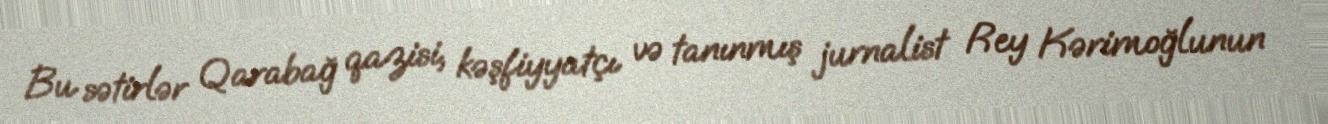
Bu sətirlər Qarabağ qazisi, kəşfiyyatçı və tanınmış jurnalist Rey Kərimoğlunun